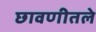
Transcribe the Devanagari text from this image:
छावणीतले